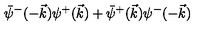
\bar { \psi } ^ { - } ( - \vec { k } ) \psi ^ { + } ( \vec { k } ) + \bar { \psi } ^ { + } ( \vec { k } ) \psi ^ { - } ( - \vec { k } )